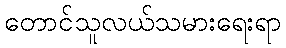
တောင်သူလယ်သမားရေးရာ